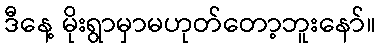
ဒီနေ့ မိုးရွာမှာမဟုတ်တော့ဘူးနော်။